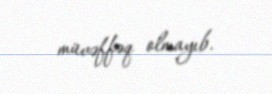
müvəffəq olmayıb.